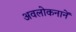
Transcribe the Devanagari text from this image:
अवलोकनानें